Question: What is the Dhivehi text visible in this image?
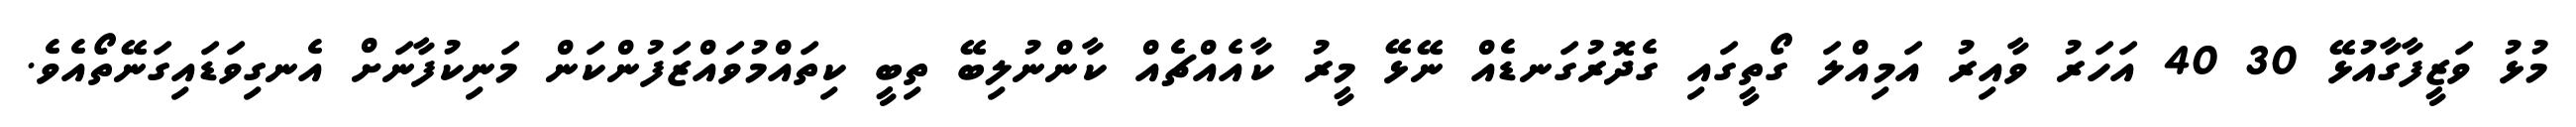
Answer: މުޅު ވަޒީފާގާއުޅޭ 30 40 އަހަރު ވާއިރު އަމިއްލަ ގޯތީގައި ގެދޮރުގަނޑެއް ނޭޅޭ މީރު ކާއެއްޗެއް ކާންނުލިބޭ ތިބީ ކިތައްމުވައްޒަފުންކަން މަނިކުފާނަށް އެނގިވަޑައިގަނޭތޯއެވެ.